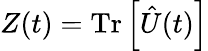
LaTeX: Z(t)=\mathrm{Tr}\left[\hat{U}(t)\right]